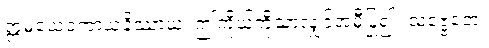
ဣမံယေဝကာယံနိဿာယ၊ ဤကိုယ်ကိုသာလျှင်အမှီပြု၍။ သဗ္ဗေတေ၊